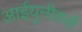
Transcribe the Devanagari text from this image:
आईयुनीवर्स